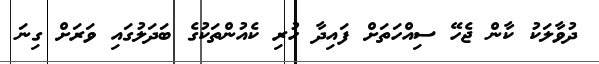
ދުވާލަކު ކާން ޖެހޭ ސިއްހަތަށް ފައިދާ ހުރި ކެއުންތަކުގެ ބަދަލުގައި ވަރަށް ގިނަ